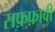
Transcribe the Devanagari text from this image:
सफ़्फ़ावी